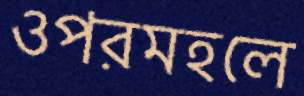
ওপরমহলে